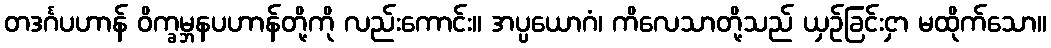
တဒင်္ဂပဟာန် ဝိက္ခမ္ဘနပဟာန်တို့ကို လည်းကောင်း။ အပ္ပယောဂံ၊ ကိလေသာတို့သည် ယှဉ်ခြင်းငှာ မထိုက်သော။